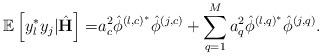
LaTeX: \begin{align*} \mathbb{E}\left[y_l^* y_j|\hat{\mathbf{H}}\right]=&a_c^2\hat{\phi}^{\left(l,c\right)^*}\hat{\phi}^{\left(j,c\right)}+\sum_{q=1}^M a_q^2\hat{\phi}^{\left(l,q\right)^*}\hat{\phi}^{\left(j,q\right)}.\end{align*}